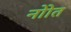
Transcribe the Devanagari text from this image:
नोाेत